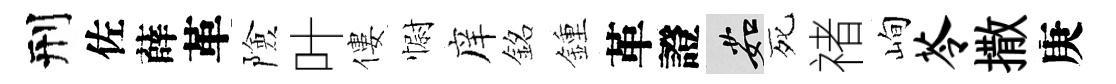
刑佐薛革險叶僂𢠢庠銘鍾革證茹死禇峋苓撒庚